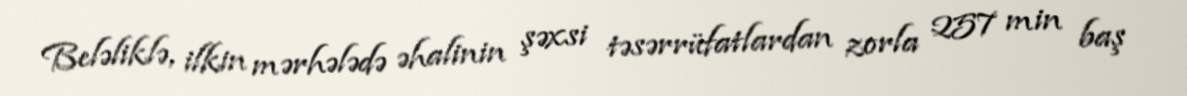
Beləliklə, ilkin mərhələdə əhalinin şəxsi təsərrüfatlardan zorla 257 min baş